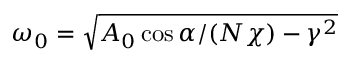
\omega _ { 0 } = \sqrt { A _ { 0 } \cos \alpha / ( N \chi ) - \gamma ^ { 2 } }